Vaccination in Bombay 1856-1862 - 1856-1862
Year: 1856
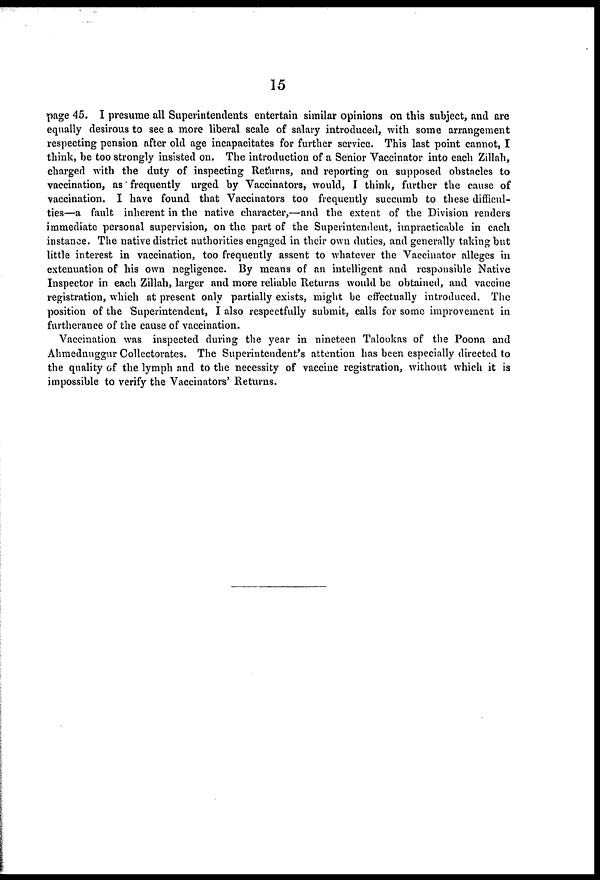
15
page 45. I presume all Superintendents entertain similar opinions on this subject, and are
equally desirous to see a more liberal scale of salary introduced, with some arrangement
respecting pension after old age incapacitates for further service. This last point cannot, I
think, be too strongly insisted on. The introduction of a Senior Vaccinator into each Zillah,
charged with the duty of inspecting Returns, and reporting on supposed obstacles to
vaccination, as frequently urged by Vaccinators, would, I think, further the cause of
vaccination. I have found that Vaccinators too frequently succumb to these difficul-
ties—a fault inherent in the native character,—and the extent of the Division renders
immediate personal supervision, on the part of the Superintendent, impracticable in each
instance. The native district authorities engaged in their own duties, and generally taking but
little interest in vaccination, too frequently assent to whatever the Vaccinator alleges in
extenuation of his own negligence. By means of an intelligent and responsible Native
Inspector in each Zillah, larger and more reliable Returns would be obtained, and vaccine
registration, which at present only partially exists, might be effectually introduced. The
position of the Superintendent, I also respectfully submit, calls for some improvement in
furtherance of the cause of vaccination.
Vaccination was inspected during the year in nineteen Talookas of the Poona and
Ahmednuggur Collectorates. The Superintendent's attention has been especially directed to
the quality of the lymph and to the necessity of vaccine registration, without which it is
impossible to verify the Vaccinators' Returns.